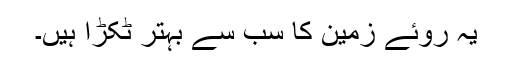
یہ روئے زمین کا سب سے بہتر ٹکڑا ہیں۔